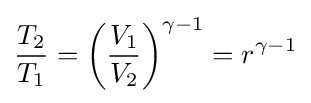
{\frac {T_{2}}{T_{1}}}={\left({\frac {V_{1}}{V_{2}}}\right)^{\gamma -1}}=r^{\gamma -1}